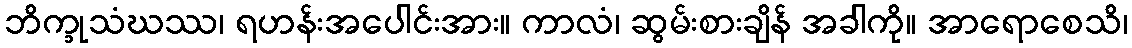
ဘိက္ခုသံဃဿ၊ ရဟန်းအပေါင်းအား။ ကာလံ၊ ဆွမ်းစားချိန် အခါကို။ အာရောစေသိ၊